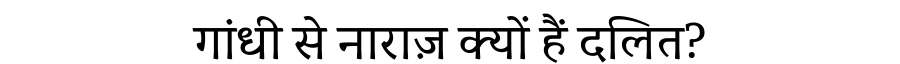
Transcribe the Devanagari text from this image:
गांधी से नाराज़ क्यों हैं दलित?